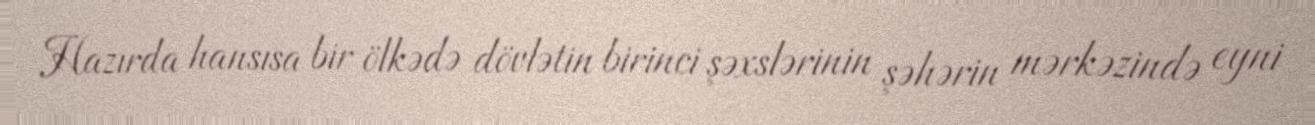
Hazırda hansısa bir ölkədə dövlətin birinci şəxslərinin şəhərin mərkəzində eyni